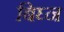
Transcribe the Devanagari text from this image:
बिघ्न